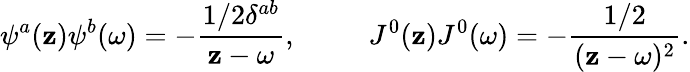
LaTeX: \psi^{a}(\mathbf{z})\psi^{b}(\omega)=-\frac{{1/2\delta^{ab}}}{{\mathbf{z}-\omega}},~~~~~~~~~~J^{0}(\mathbf{z})J^{0}(\omega)=-\frac{{1/2}}{{(\mathbf{z}-\omega)^{2}}}.